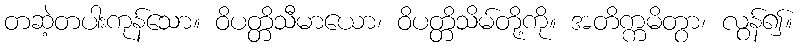
တဆဲ့တပါးကုန်သော။ ဝိပတ္တိသီမာယော၊ ဝိပတ္တိသိမ်တို့ကို။ အတိက္ကမိတွာ၊ လွန်၍။